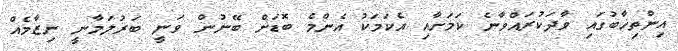
އިންތިޚާބުގައި ވާދަކުރައްވާނެ ކަމަށާއި އެކަމަކު އެންމެ ބޮޑަށް ބޭނުން ވަނީ ބަރުލަމާނީ ނިޒާމެއް